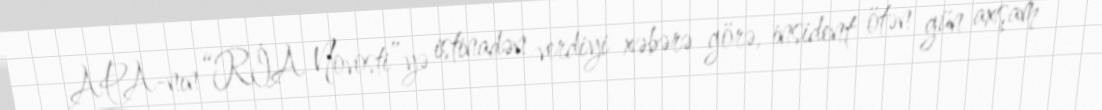
APA-nın “RİA Novosti”yə istinadən verdiyi xəbərə görə, insident ötən gün axşam